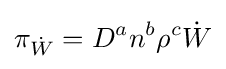
\pi _{\dot {W}}=D^{a}n^{b}\rho ^{c}{\dot {W}}